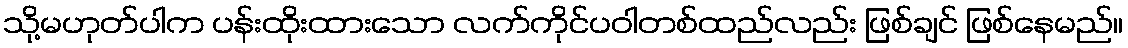
သို့မဟုတ်ပါက ပန်းထိုးထားသော လက်ကိုင်ပဝါတစ်ထည်လည်း ဖြစ်ချင် ဖြစ်နေမည်။